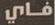
فاي